Lunatic asylums Punjab 1881-1894 - 1881-1894
Year: 1881
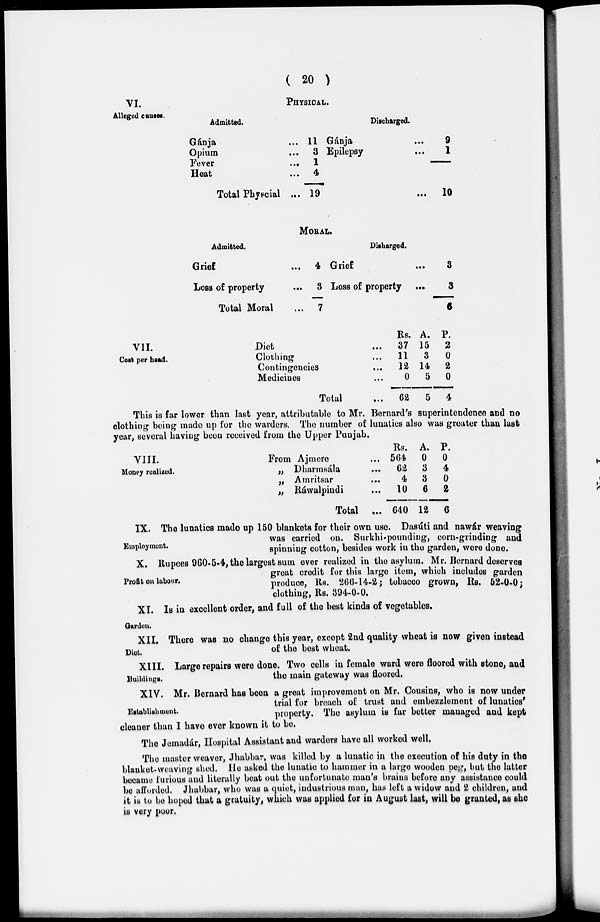
( 20 )
VI.
Alleged causes.
PHYSICAL.
Admitted.
Gánja
Opium
Fever
...
Heat
Total Physcial ...
11
3
1
4
19
Discharged.
Gánja
Epilepsy
...
9
1
10
MORAL.
Admitted.
Grief ...
Loss of property ...
Total Moral ...
4
3
7
Disharged.
Grief ...
Loss of property
...
3
3
6
VII.
Cost per head.
Diet
Clothing
Contingencies
Medicines
Total
Rs.
37
11
12
0
62
A.
15
3
14
5
5
P.
2
0
2
0
4
This is far lower than last year, attributable to Mr. Bernard's superintendence and no
clothing being made up for the warders. The number of lunatics also was greater than last
year, several having been received from the Upper Punjab.
VIII.
Money realized.
From Ajmere ...
„ Dharmsála ...
„ Amritsar ...
„ Ráwalpindi
...
Total ...
Rs.
564
62
4
10
640
A.
0
3
3
6
12
P.
0
4
0
2
6
Employment.
IX. The lunatics made up 150 blankets for their own use. Dasúti and nawár weaving
was carried on. Surkhi-pounding, corn-grinding and
spinning cotton, besides work in the garden, were done.
Profit on labour.
X. Rupees 960-5-4, the largest sum ever realized in the asylum. Mr. Bernard deserves
great credit for this large item, which includes garden
produce, Rs. 266-14-2; tobacco grown, Rs. 52-0-0-
clothing, Rs. 394-0-0.
Garden.
XI. Is in excellent order, and full of the best kinds of vegetables.
Diet.
XII. There was no change this year, except 2nd quality wheat is now given instead
of the best wheat.
Buildings.
XIII. Large repairs were done. Two cells in female ward were floored with stone, and
the main gateway was floored.
Establishment.
XIV. Mr. Bernard has been a great improvement on Mr. Cousins, who is now under
trial for breach of trust and embezzlement of lunatics'
property. The asylum is far better managed and kept
cleaner than I have ever known it to be.
The Jemadár, Hospital Assistant and warders have all worked well.
The master weaver, Jhabbar, was killed by a lunatic in the execution of his duty in the
blanket-weaving shed. He asked the lunatic to hammer in a large wooden peg, but the latter
became furious and literally beat out the unfortunate man's brains before any assistance could
be afforded. Jhabbar, who was a quiet, industrious man, has left a widow and 2 children, and
it is to be hoped that a gratuity, which was applied for in August last, will be granted, as she
is very poor.